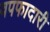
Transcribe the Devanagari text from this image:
वपफादारी